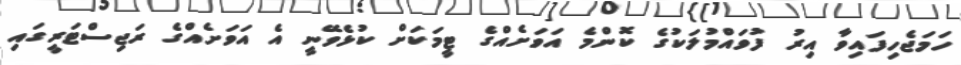
ހަމަޖެހިފައިވާ އިރު ފުވައްމުލަކުގެ ކޮންމެ އަވަށެއްގެ ޓީމަކަށް ކުޅެވޭނީ އެ އަވަށެއްގެ ރަޖިސްޓަރީގައި